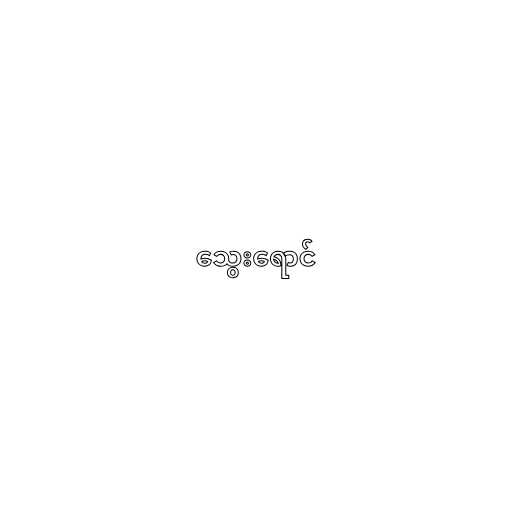
သွေးရောင်